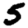
Digit: 5